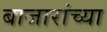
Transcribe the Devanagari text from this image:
बाजारांच्या